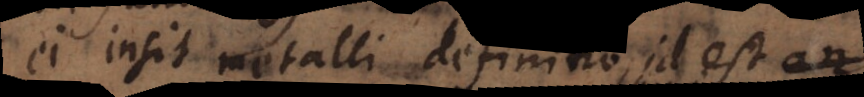
ei insit metalli definitio, id est an